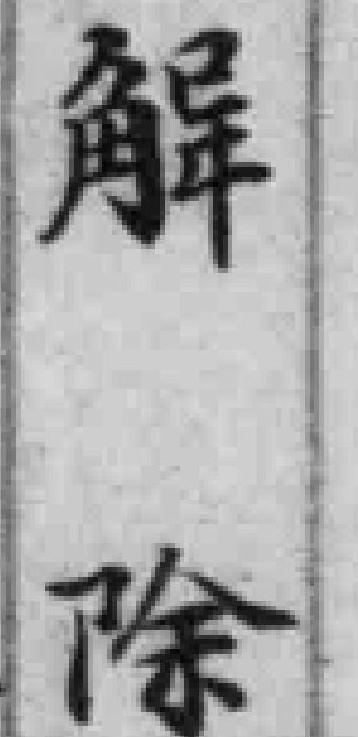
解除